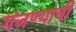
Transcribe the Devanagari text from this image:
गंजण्याची